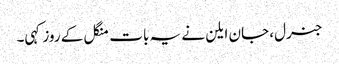
جنرل، جان ایلن نے یہ بات منگل کے روز کہی۔